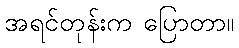
အရင်တုန်းက ပြောတာ။